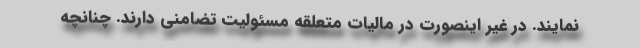
نمایند. در غیر اینصورت در مالیات متعلقه مسئولیت تضامنی دارند. چنانچه